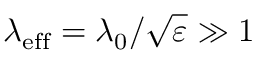
\lambda _ { \mathrm { e f f } } = \lambda _ { 0 } / \sqrt { \varepsilon } \gg 1